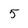
Character: 5